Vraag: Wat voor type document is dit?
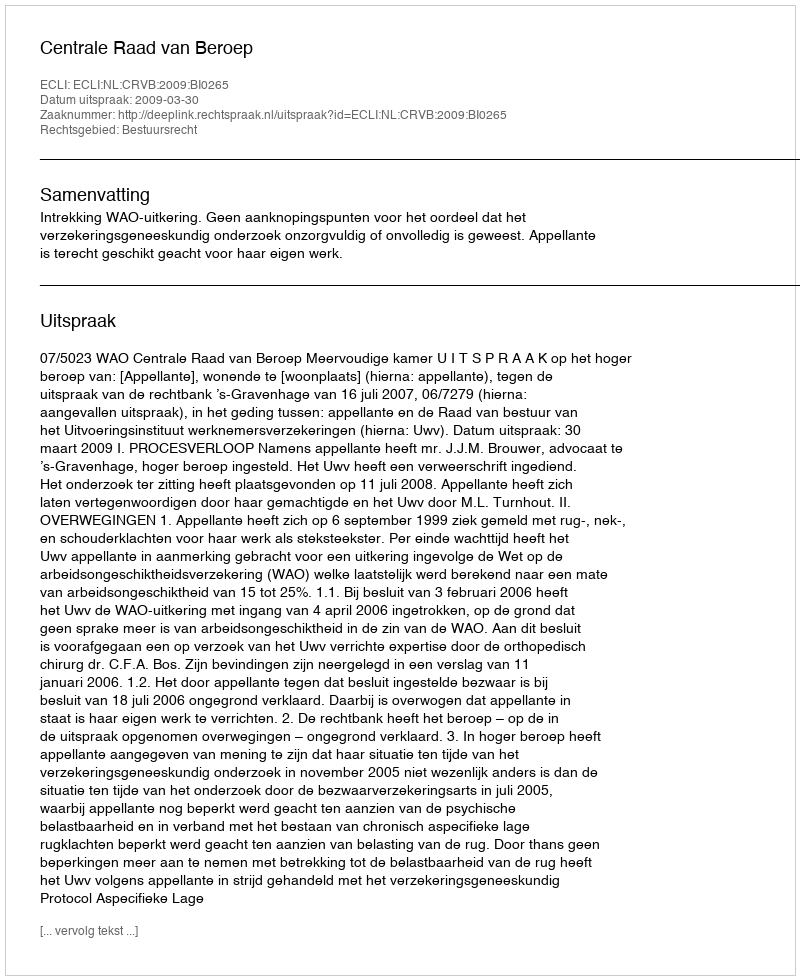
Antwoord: Uitspraak